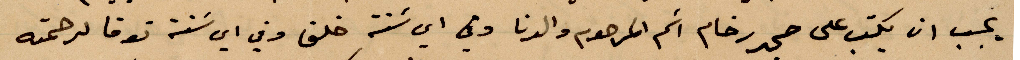
يجب ان يكتب على حجر رخام اسم المرحوم والدنا وفي أي سنة خلق وفي أي سنة توفا لرحمته